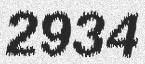
2934